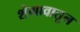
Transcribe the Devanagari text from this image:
शेगावातून